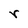
Character: r